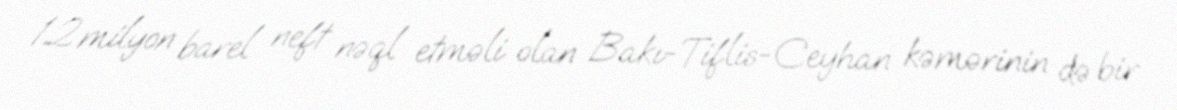
1.2 milyon barel neft nəql etməli olan Bakı-Tiflis-Ceyhan kəmərinin də bir